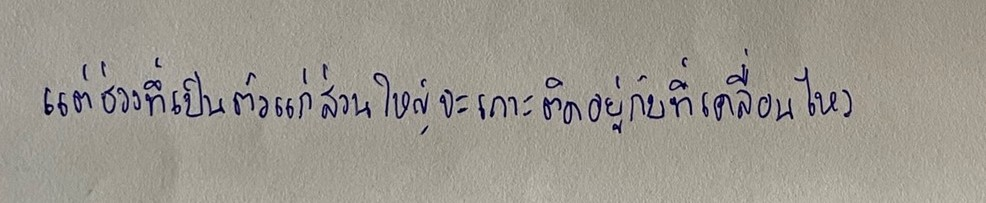
แต่ช่วงที่เป็นตัวแก่ส่วนใหญ่จะเกาะติดอยู่กับที่เคลื่อนไหว